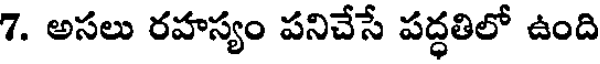
7. అసలు రహస్యం పనిచేసే పద్ధతిలో ఉంది